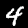
Label: 4